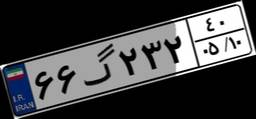
۴۳گ۱۹۰۵۱